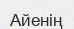
Айенің